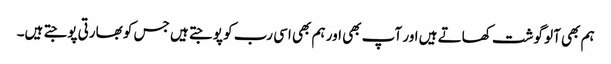
ہم بھی آلو گوشت کھاتے ہیں اور آپ بھی اور ہم بھی اسی رب کو پوجتے ہیں جس کو بھارتی پوجتے ہیں۔